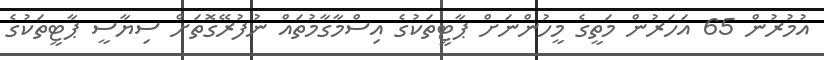
އުމުރުން 65 އަހަރުން މަތީގެ މީހުންނަށް ޕާޓީތަކުގެ އިސްމާގާމުތައް ނުފުރޭގޮތަށް ސިޔާސީ ޕާޓީތަކުގެ